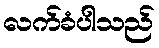
လက်ခံပါသည်